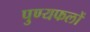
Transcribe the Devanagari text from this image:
पुण्यफलों